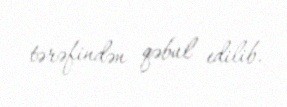
tərəfindən qəbul edilib.